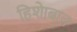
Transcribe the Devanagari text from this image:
हिशेाबात